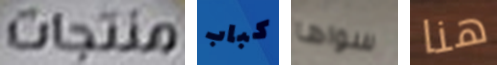
منتجات كباب سواها هنا